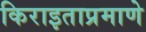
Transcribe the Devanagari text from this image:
किराइताप्रमाणे